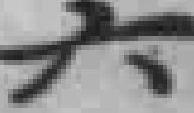
六